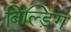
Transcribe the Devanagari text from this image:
बिल्ड़िंग